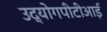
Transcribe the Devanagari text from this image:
उद्योगपीटीआई